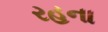
રહના